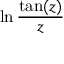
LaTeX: \ln { \frac { \tan ( z ) } { z } }